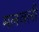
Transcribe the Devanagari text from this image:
मलवली